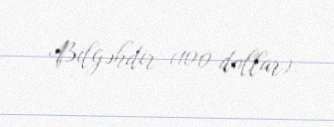
Bilgəhdir (100 dollar).